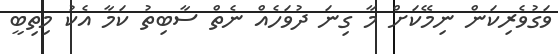
ވަގުވެރިކަން ނިމޭކަށް މާ ގިނަ ދުވަހެއް ނެތް ސާބިތު ކަމާ އެކު މިތިބީ